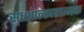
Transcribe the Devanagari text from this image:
साक्षात्कारात्मक